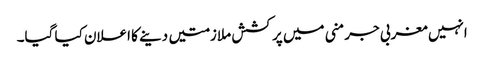
انہیں مغربی جرمنی میں پرکشش ملازمتیں دینے کا اعلان کیا گیا۔